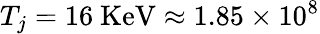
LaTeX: T_{j}=16~\mathrm{{KeV}\approx 1.85\times 10^{8}}